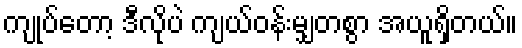
ကျုပ်တော့ ဒီလိုပဲ ကျယ်ဝန်းမျှတစွာ အယူရှိတယ်။